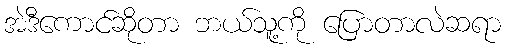
အဲဒီကောင်ဆိုတာ ဘယ်သူ့ကို ပြောတာလဲဆရာ